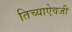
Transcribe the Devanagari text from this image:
तिच्याऐवजी